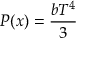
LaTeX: P ( x ) = { \frac { b T ^ { 4 } } { 3 } }